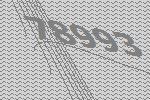
78993